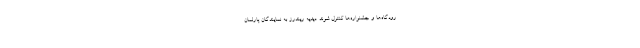
رودگاه‌ها و جشنواره‌ها کنترل شوند. دیدیه ریندرز به نمایندگان پارلمان